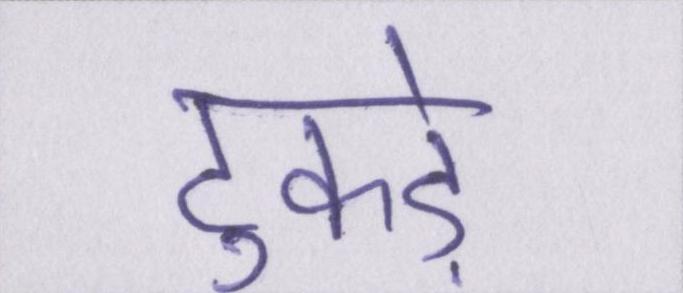
टुकड़े